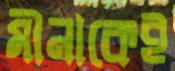
মীনাকেই